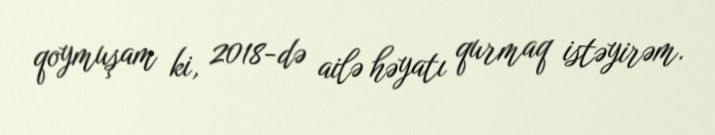
qoymuşam ki, 2018-də ailə həyatı qurmaq istəyirəm.